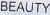
BEAUTY